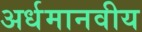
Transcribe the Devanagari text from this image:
अर्धमानवीय